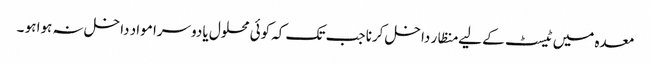
معدہ میں ٹیسٹ کے لیے منظار داخل کرنا جب تک کہ کوئی محلول یا دوسرا مواد داخل نہ ہوا ہو ۔